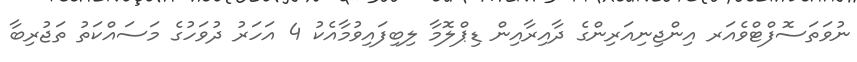
ނުވަތަސޮފްޓްވެއަރ އިންޖިނިއަރިންގެ ދާއިރާއިން ޑިޕްލޮމާ ލިބިފައިވުމާއެކު 4 އަހަރު ދުވަހުގެ މަސައްކަތު ތަޖުރިބާ